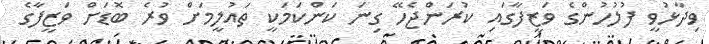
ވިދާޅުވީ ފުލުހުންގެ ވަޒީފާގައި ކުރަންޖެހޭ ގިނަ ކަންކަމަކީ ތައުލީމަށް ވުރެ ބޮޑަށް ވަޒީފާގެ